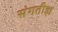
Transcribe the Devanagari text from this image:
संगतीज्ञ